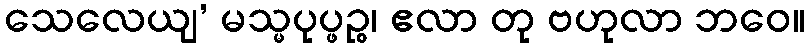
သေလေယျ’ မသ္မပုပ္ဖဉ္စ၊ ဧလာ တု ဗဟုလာ ဘဝေ။